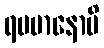
ရမမာနောပိ